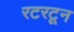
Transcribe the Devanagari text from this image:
रटरटून